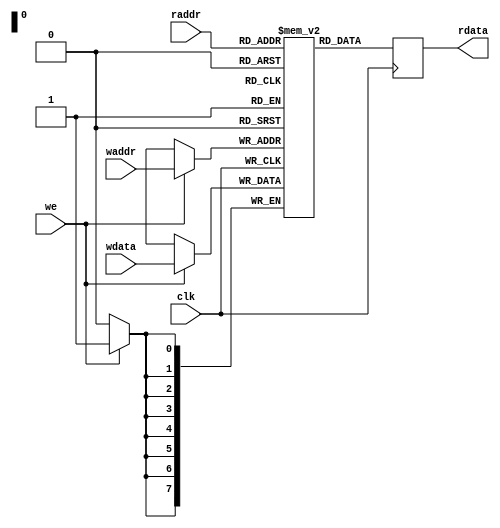
//-----------------------------------------------------------------------------
//
// Title       : FIFO RAM
// Design      : verilog
// Company     : N/A
//
//-----------------------------------------------------------------------------
//
//-----------------------------------------------------------------------------
//
// Description : inferred 1 clk memory for synchronous fifo
//
//-----------------------------------------------------------------------------

module fifo_ram 
  (
   clk,
   we,
   waddr,
   wdata,
   raddr,
   rdata
   );
   parameter WIDTH = 8;
   parameter DEPTH = 256;
   parameter ADDR_WIDTH = $clog2(DEPTH);
   
   input we, clk;
   input [ADDR_WIDTH - 1:0] waddr, raddr;
   input [WIDTH - 1:0] 	    wdata;
   output reg [WIDTH - 1:0] rdata;
   reg [WIDTH - 1:0] 	    ram [DEPTH - 1:0];
   
   always @(posedge clk) begin 
      if (we)
	ram[waddr] <= wdata;
      rdata <= ram[raddr];
   end

endmodule